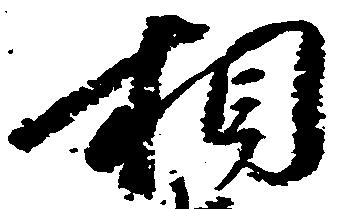
相